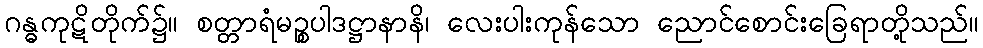
ဂန္ဓကုဋိတိုက်၌။ စတ္တာရံမဉ္စပါဒဋ္ဌာနာနိ၊ လေးပါးကုန်သော ညောင်စောင်းခြေရာတို့သည်။